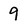
Character: 9